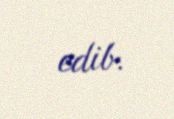
edib.